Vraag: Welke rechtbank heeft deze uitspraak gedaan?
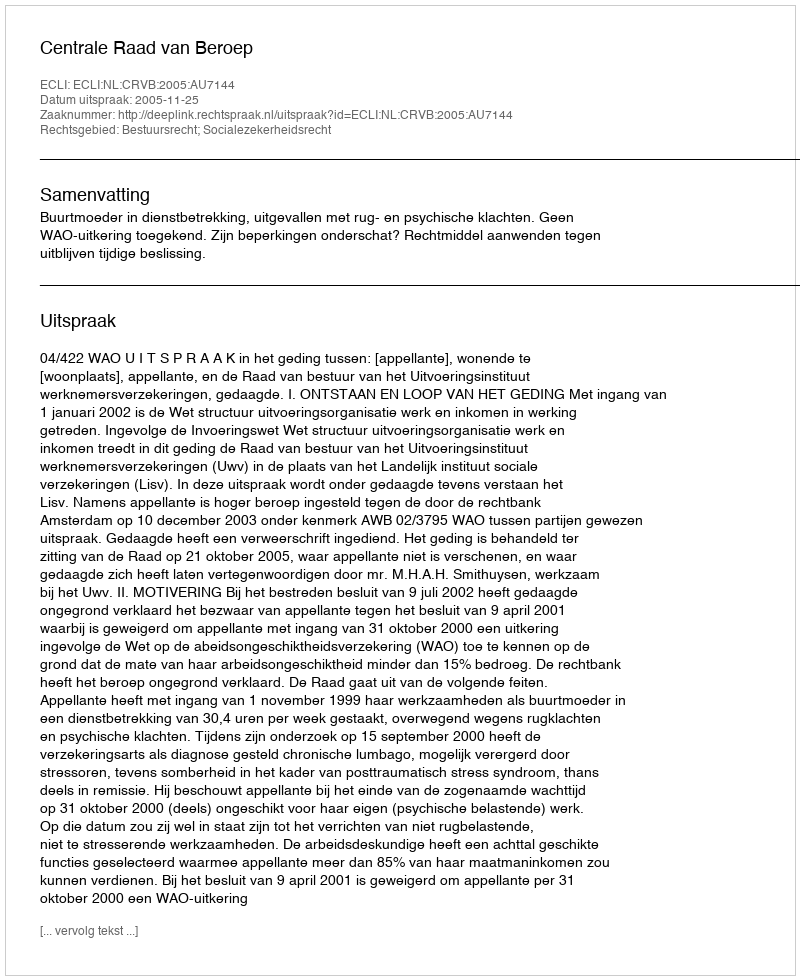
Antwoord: Centrale Raad van Beroep